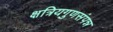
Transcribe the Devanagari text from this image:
क्षत्रियगुणसंपन्न